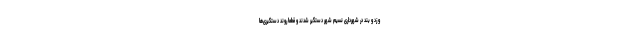
و زد و بند در شهرداری نسیم شهر دستگیر شدند و قطعاً روند دستگیری‌ها